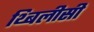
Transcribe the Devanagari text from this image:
थ्बिलीसी